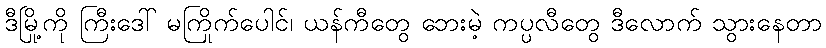
ဒီမြို့ကို ကြီးဒေါ် မကြိုက်ပေါင်၊ ယန်ကီတွေ ဘေးမဲ့ ကပ္ပလီတွေ ဒီလောက် သွားနေတာ